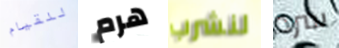
للقيام هرم لنشرب سرد